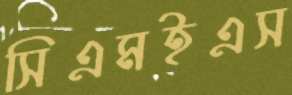
সিএমইএস